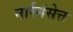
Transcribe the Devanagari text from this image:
नार्रगंसेत्त